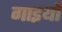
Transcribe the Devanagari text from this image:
गाइयों